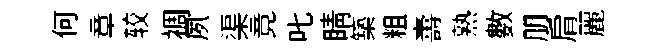
何章较裯夙渠竟叱睛築粗夀熟數朋肩麗